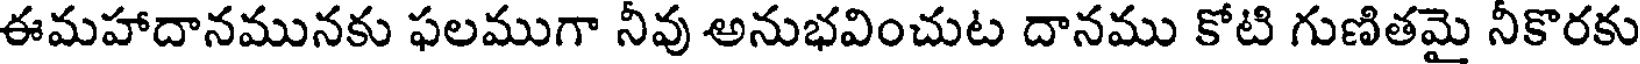
ఈమహాదానమునకు ఫలముగా నీవు అనుభవించుట దానము కోటి గుణితమై నీకొరకు